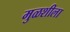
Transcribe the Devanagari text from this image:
मुळशीला